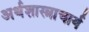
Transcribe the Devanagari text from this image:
अर्थशास्त्राचार्य